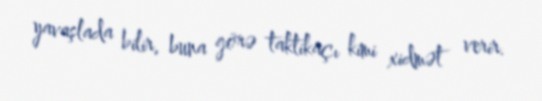
yavaşlada bilir, buna görə taktikaçı kimi xidmət verir.